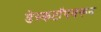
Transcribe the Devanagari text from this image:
डेस्कटॉपवरून